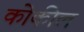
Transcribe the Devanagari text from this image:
कोकील